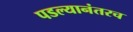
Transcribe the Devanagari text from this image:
पडल्यानंतरच